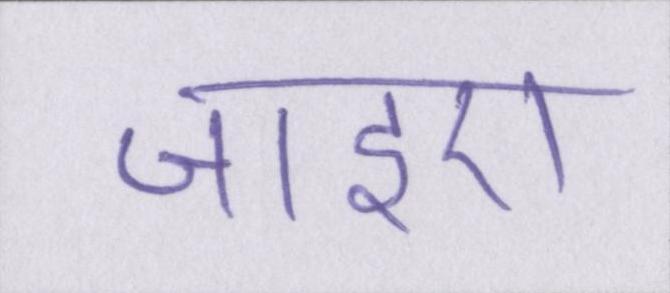
जाइए